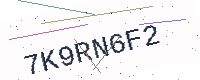
Text: 7K9RN6F2